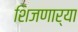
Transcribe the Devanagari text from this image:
शिजणार्‍या